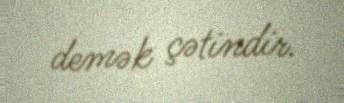
demək çətindir.